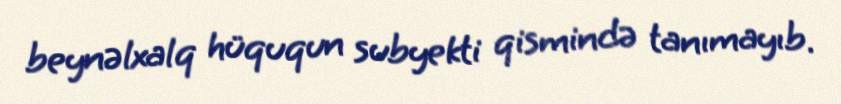
beynəlxalq hüququn subyekti qismində tanımayıb.